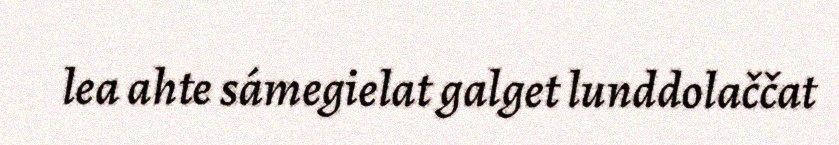
lea ahte sámegielat galget lunddolaččat